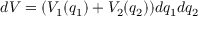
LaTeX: d V = ( V _ { 1 } ( q _ { 1 } ) + V _ { 2 } ( q _ { 2 } ) ) d q _ { 1 } d q _ { 2 }